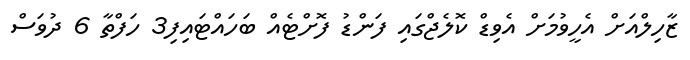
ޒާހިލްއަށް އެހީވުމަށް އެވިޑް ކޮލެޖްގައި ފަންޑު ފޮށްޓެއް ބަހައްޓައިފި3 ހަފްތާ 6 ދުވަސް